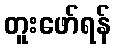
တူးဖော်ရန်